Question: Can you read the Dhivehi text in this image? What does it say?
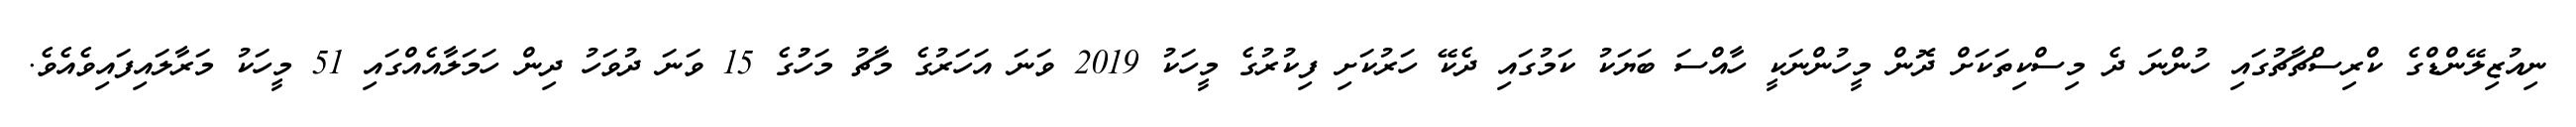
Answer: ނިއުޒިލޭންޑްގެ ކްރިސްޗާޗުގައި ހުންނަ ދެ މިސްކިތަކަށް ދޮން މީހުންނަކީ ހާއްސަ ބަޔަކު ކަމުގައި ދެކޭ ހަރުކަށި ފިކުރުގެ މީހަކު 2019 ވަނަ އަހަރުގެ މާޗު މަހުުގެ 15 ވަނަ ދުވަހު ދިން ހަމަލާއެއްގައި 51 މީހަކު މަރާލައިފައިވެއެވެ.